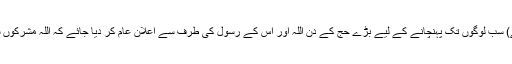
(پھر حج کا موقع آئے تو اِس سرزمین کے) سب لوگوں تک پہنچانے کے لیے بڑے حج کے دن اللہ اور اُس کے رسول کی طرف سے اعلان عام کر دیا جائے کہ اللہ مشرکوں سے بری الذمہ ہے اور اُس کا رسول بھی۔